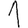
Digit: 1